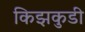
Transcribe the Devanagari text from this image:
किझकुडी